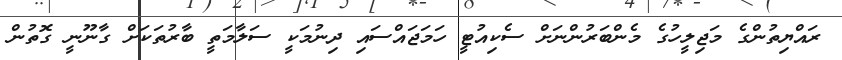
ރައްޔިތުންގެ މަޖިލީހުގެ މެންބަރުންނަށް ސެކިއުޓީ ހަމަޖައްސައި ދިނުމަކީ ސަލާމަތީ ބާރުތަކަށް ގާނޫނީ ގޮތުން